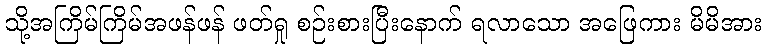
သို့အကြိမ်ကြိမ်အဖန်ဖန် ဖတ်ရှု စဉ်းစားပြီးနောက် ရလာသော အဖြေကား မိမိအား